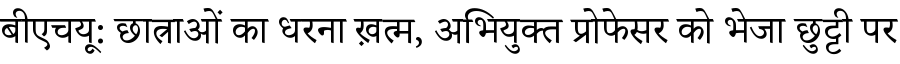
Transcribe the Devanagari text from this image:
बीएचयू: छात्राओं का धरना ख़त्म, अभियुक्त प्रोफेसर को भेजा छुट्टी पर